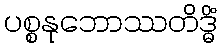
ပစ္စနုဘောဿတိဒ္ဓိံ